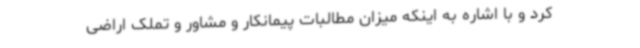
کرد و با اشاره به اینکه میزان مطالبات پیمانکار و مشاور و تملک اراضی